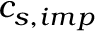
c _ { s , i m p }